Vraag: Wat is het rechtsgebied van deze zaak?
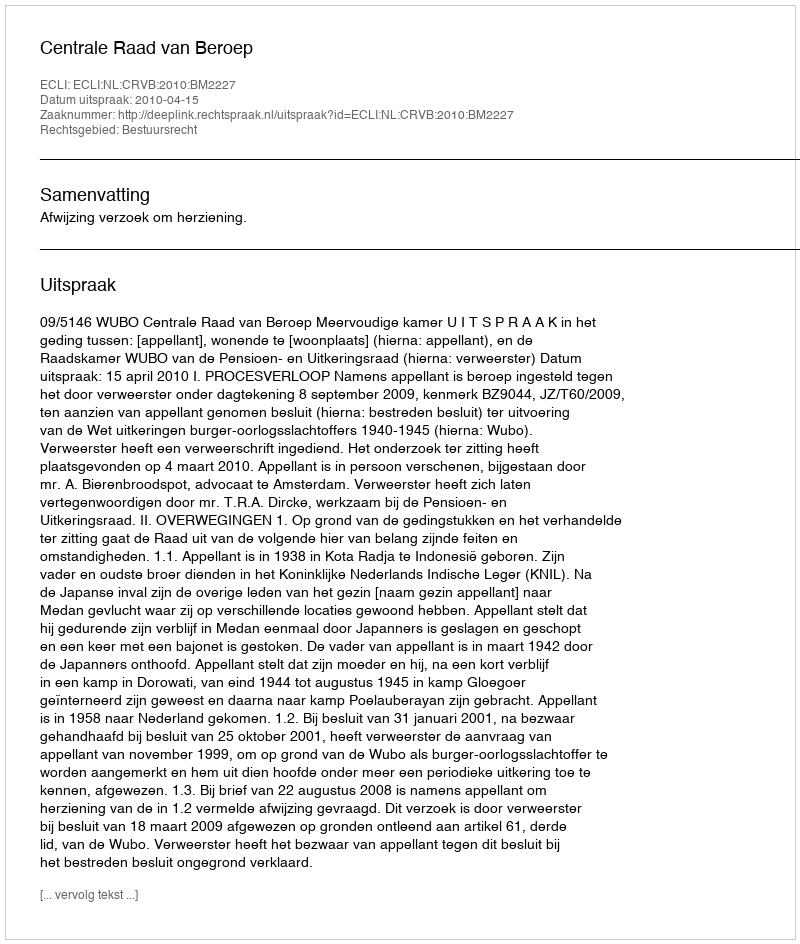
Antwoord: Bestuursrecht